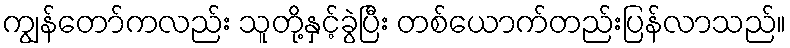
ကျွန်တော်ကလည်း သူတို့နှင့်ခွဲပြီး တစ်ယောက်တည်းပြန်လာသည်။